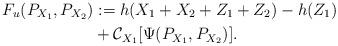
LaTeX: \begin{align*}F_{u}(P_{X_1},P_{X_2})&:=h(X_1+X_2+Z_1+Z_2)-h(Z_1)\\&+\mathcal{C}_{X_1}[\Psi(P_{X_1},P_{X_2})].\end{align*}